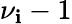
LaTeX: \nu_{\mathbf{i}}-1